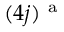
( 4 j ) ^ { \mathrm { ~ a ~ } }